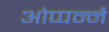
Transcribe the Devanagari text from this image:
ओप्पन्नै